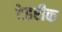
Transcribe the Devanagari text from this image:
टेहरीक